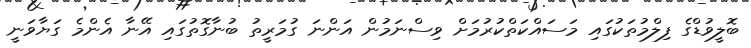
ބޮލީވުޑްގެ ފިލްމުތަކުގައި މަސައްކަތްކުރުމަށް ވިސްނަމުން އަންނަ ގުމަރީތު ބުނާގޮތުގައި އޭނާ އެންމެ ގަޔާވަނީ